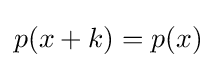
p(x+k)=p(x)